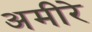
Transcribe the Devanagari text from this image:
अमीरे